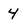
Character: 4